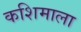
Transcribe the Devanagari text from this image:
कशिमाला